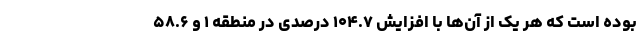
بوده است که هر یک از آن‌ها با افزایش ۱۰۴.۷ درصدی در منطقه ۱ و ۵۸.۶